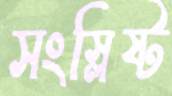
সংস্লিষ্ট